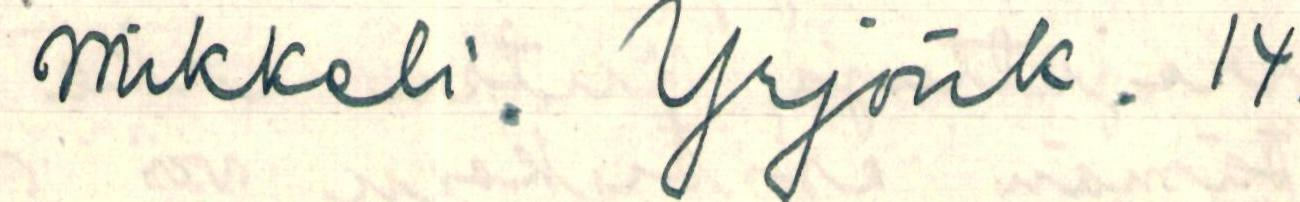
Mikkeli. Yrjönk. 14